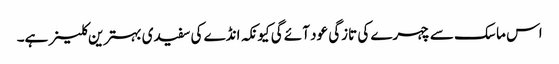
اس ماسک سے چہرے کی تازگی عود آئے گی کیونکہ انڈے کی سفیدی بہترین کلینر ہے۔